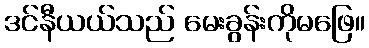
ဒင်နီယယ်သည် မေးခွန်းကိုမဖြေ။